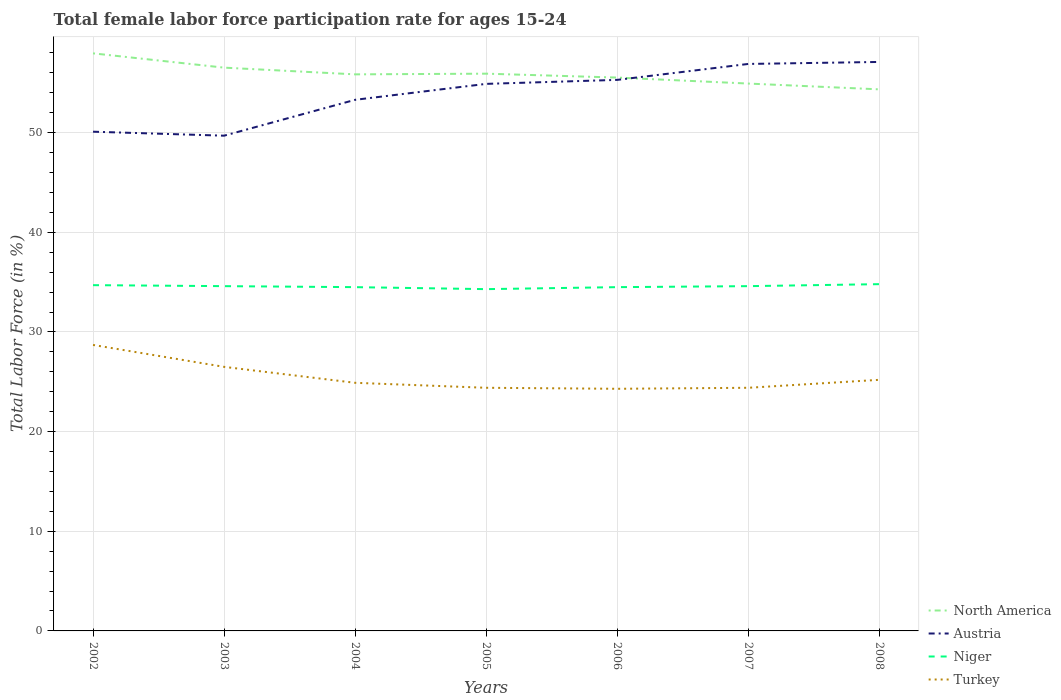
| Years | North America | Austria | Niger | Turkey |
 | --- | --- | --- | --- | --- |
 | 2002 | 58 | 50.1 | 34.7 | 28.7 |
 | 2003 | 56.5 | 49.7 | 34.6 | 26.5 |
 | 2004 | 55.9 | 53.3 | 34.5 | 24.9 |
 | 2005 | 55.9 | 54.9 | 34.3 | 24.4 |
 | 2006 | 55.5 | 55.3 | 34.5 | 24.3 |
 | 2007 | 54.9 | 56.9 | 34.6 | 24.4 |
 | 2008 | 54.3 | 57.1 | 34.8 | 25.2 |